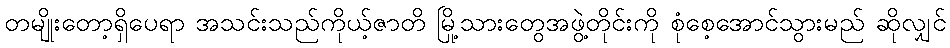
တမျိုးတော့ရှိပေရာ အသင်းသည်ကိုယ့်ဇာတိ မြို့သားတွေအဖွဲ့တိုင်းကို စုံစေ့အောင်သွားမည် ဆိုလျှင်